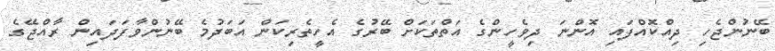
ބޭނުންޖެހި ދިއްކޮއްފައި އޮންނަ ދިވެހީންގެ އަތްތަކަށް ބޭރުގެ އެހީތެރިކަން އަބަދުމެ ބޭނުންވާފަދައިން ރާއްޖޭގެ